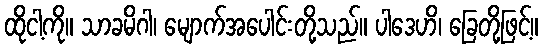
ထိုငါ့ကို။ သာခမိဂါ၊ မျောက်အပေါင်းတို့သည်။ ပါဒေဟိ၊ ခြေတို့ဖြင့်။